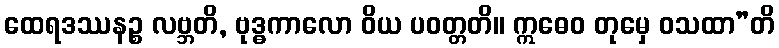
ထေရဒဿနဉ္စ လဗ္ဘတိ, ဗုဒ္ဓကာလော ဝိယ ပဝတ္တတိ။ ဣဓေဝ တုမှေ ဝသထာ”တိ